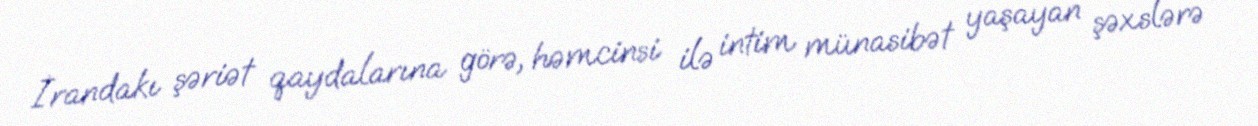
İrandakı şəriət qaydalarına görə, həmcinsi ilə intim münasibət yaşayan şəxslərə